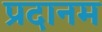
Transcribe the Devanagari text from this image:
प्रदानम